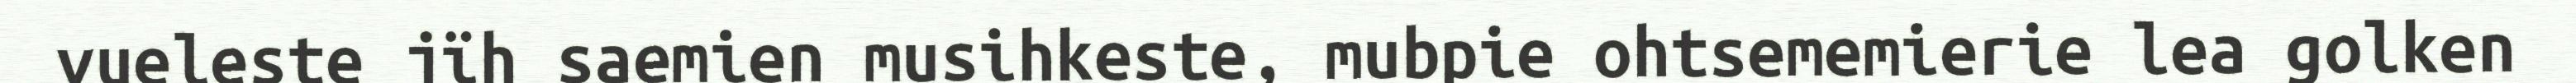
vueleste jïh saemien musihkeste, mubpie ohtsememierie lea golken